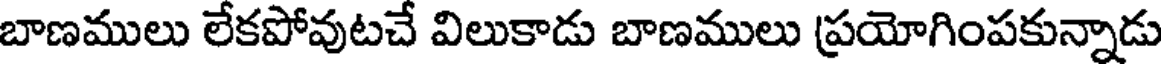
బాణములు లేకపోవుటచే విలుకాడు బాణములు ప్రయోగింపకున్నాడు